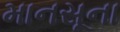
માનસૂના